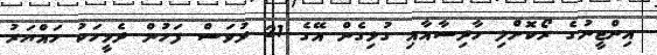
އިންޖީނުގެ ރޯކޮށްލި ހާދިސާއާއި ގުޅިގެން އޭގެ 21 ދުވަސް ފަހުން ދެމީހަކު ހައްޔަރު